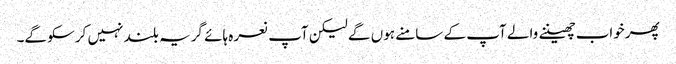
پھرخواب چھیننے والے آپ کے سامنے ہوں گے لیکن آپ نعرہ ہائے گریہ بلند نہیں کرسکو گے۔